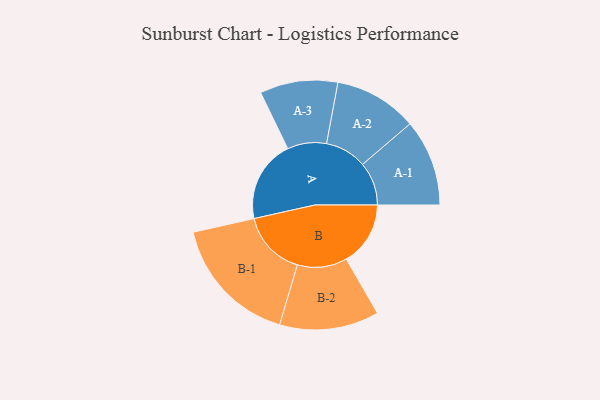
{"axis": {"x": "Segment", "y": "Value"}, "legend": ["", "A", "B"], "data": [{"x": "A", "y": 375, "type": ""}, {"x": "B", "y": 293, "type": ""}, {"x": "A-1", "y": 198, "type": "A"}, {"x": "A-2", "y": 190, "type": "A"}, {"x": "A-3", "y": 178, "type": "A"}, {"x": "B-1", "y": 298, "type": "B"}, {"x": "B-2", "y": 227, "type": "B"}]}